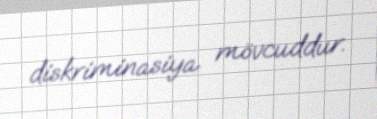
diskriminasiya mövcuddur.